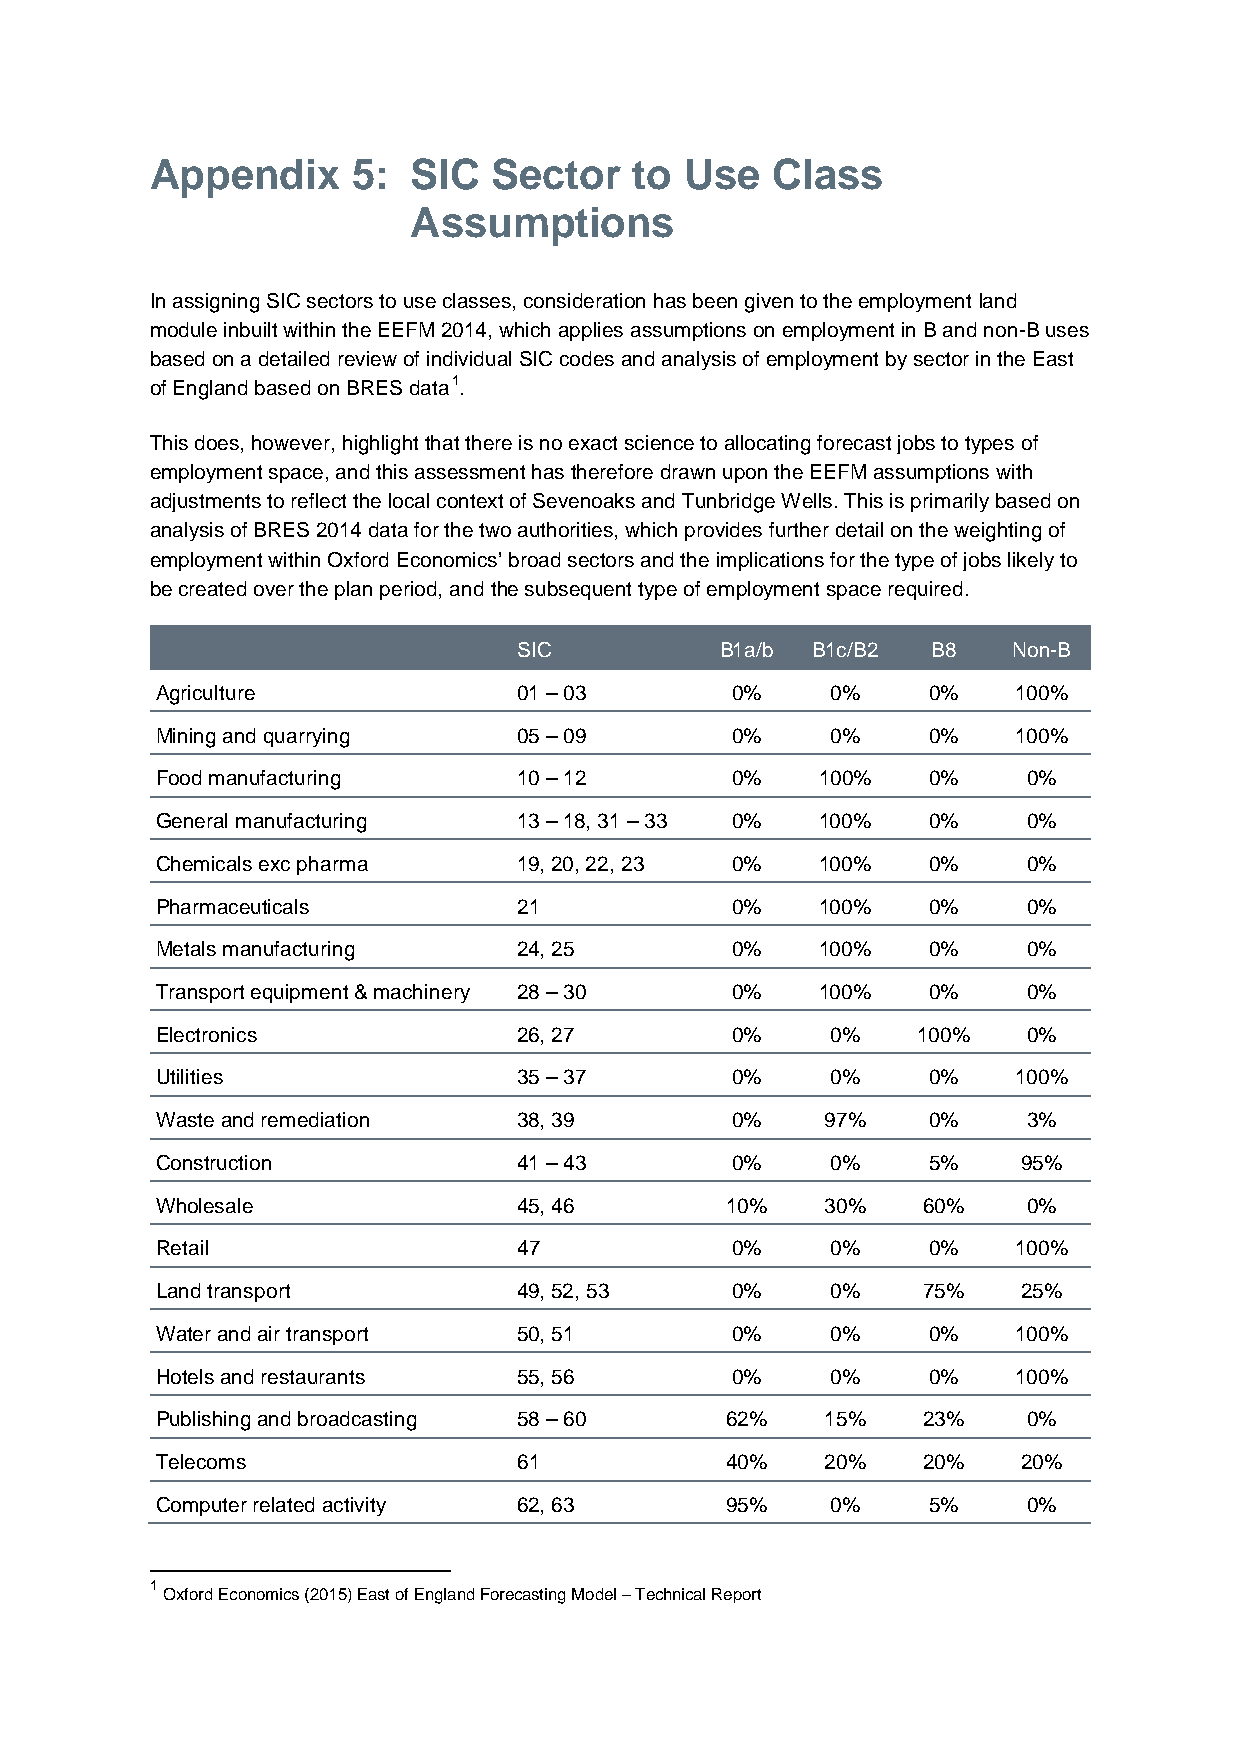
Appendix     5:  SIC   Sector   to Use   Class
 Assumptions
 In assigning SIC sectors to use classes, consideration has been given to the employment land
 module inbuilt within the EEFM 2014, which applies assumptions on employment in B and non-B uses
 based on a detailed review of individual SIC codes and analysis of employment by sector in the East
 of England based on BRES data1.
 This does, however, highlight that there is no exact science to allocating forecast jobs to types of
 employment space, and this assessment has therefore drawn upon the EEFM assumptions with
 adjustments to reflect the local context of Sevenoaks and Tunbridge Wells. This is primarily based on
 analysis of BRES 2014 data for the two authorities, which provides further detail on the weighting of
 employment within Oxford Economics’ broad sectors and the implications for the type of jobs likely to
 be created over the plan period, and the subsequent type of employment space required.
 SIC           B1a/b B1c/B2  B8   Non-B
 Agriculture             01 – 03       0%     0%    0%    100%
 Mining and quarrying    05 – 09       0%     0%    0%    100%
 Food manufacturing      10 – 12       0%    100%   0%     0%
 General manufacturing   13 – 18, 31 – 33 0% 100%   0%     0%
 Chemicals exc pharma    19, 20, 22, 23 0%   100%   0%     0%
 Pharmaceuticals         21            0%    100%   0%     0%
 Metals manufacturing    24, 25        0%    100%   0%     0%
 Transport equipment & machinery 28 – 30 0%  100%   0%     0%
 Electronics             26, 27        0%     0%    100%   0%
 Utilities               35 – 37       0%     0%    0%    100%
 Waste and remediation   38, 39        0%     97%   0%     3%
 Construction            41 – 43       0%     0%    5%     95%
 Wholesale               45, 46        10%    30%   60%    0%
 Retail                  47            0%     0%    0%    100%
 Land transport          49, 52, 53    0%     0%    75%    25%
 Water and air transport 50, 51        0%     0%    0%    100%
 Hotels and restaurants  55, 56        0%     0%    0%    100%
 Publishing and broadcasting 58 – 60   62%    15%   23%    0%
 Telecoms                61            40%    20%   20%    20%
 Computer related activity 62, 63      95%    0%    5%     0%
 1
 Oxford Economics (2015) East of England Forecasting Model – Technical Report